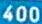
400